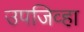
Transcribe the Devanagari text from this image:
उपजिव्हा